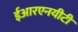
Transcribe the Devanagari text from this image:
ईआरएनयीटी